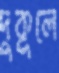
দুকূলে